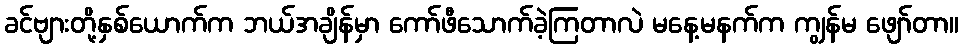
ခင်ဗျားတို့နှစ်ယောက်က ဘယ်အချိန်မှာ ကော်ဖီသောက်ခဲ့ကြတာလဲ မနေ့မနက်က ကျွန်မ ဖျော်တာ။